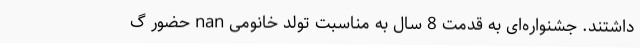
داشتند. جشنواره‌ای به قدمت 8 سال به مناسبت تولد خانومی nan حضور گ